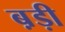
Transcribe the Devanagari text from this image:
ब़ड़ी